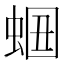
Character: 𧋡